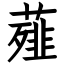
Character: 薤